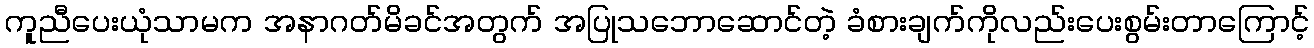
ကူညီပေးယုံသာမက အနာဂတ်မိခင်အတွက် အပြုသဘောဆောင်တဲ့ ခံစားချက်ကိုလည်းပေးစွမ်းတာကြောင့်